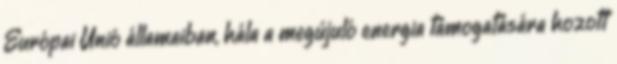
Európai Unió államaiban, hála a megújuló energia támogatására hozott